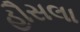
હૌસલા